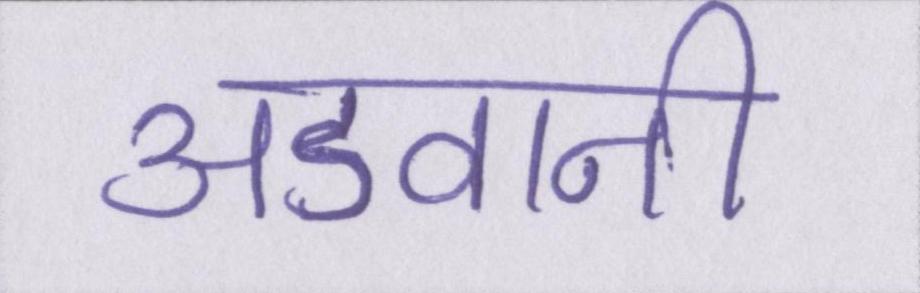
अडवानी